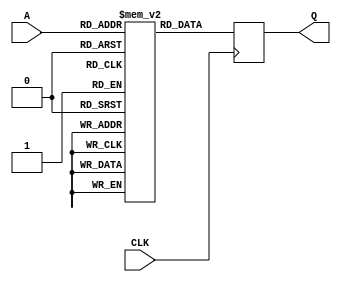
module RAM78_2 (CLK,A,Q);
    input CLK;
    input [7:0] A;
    output [3:0] Q;
    reg [3:0] Q;
    reg [3:0] mem[255:0] /* synthesis ram_init_file="MXBC_music.mif" */;
    always @(posedge CLK)
        Q<=mem[A];
endmodule